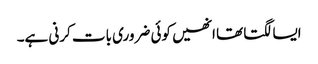
ایسا لگتا تھا انھیں کوئی ضروری بات کرنی ہے۔